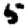
Digit: 5